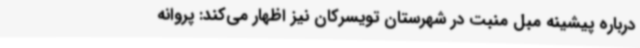
درباره پیشینه مبل منبت در شهرستان تویسرکان نیز اظهار می‌کند: پروانه